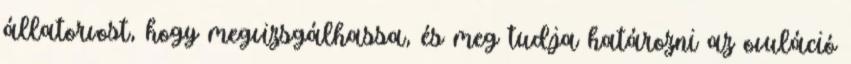
állatorvost, hogy megvizsgálhassa, és meg tudja határozni az ovuláció